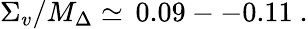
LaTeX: \Sigma_{v}/M_{\Delta}\simeq\, \mathrm{0.09--0.11}\ .